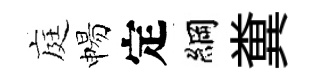
庭惕定綱糞